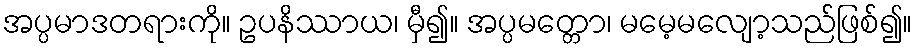
အပ္ပမာဒတရားကို။ ဥပနိဿာယ၊ မှီ၍။ အပ္ပမတ္တော၊ မမေ့မလျော့သည်ဖြစ်၍။